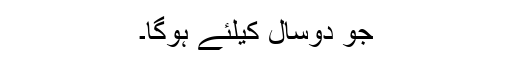
جو دوسال کیلئے ہوگا۔